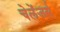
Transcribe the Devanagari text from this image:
चेलेंजर्स